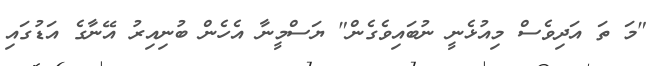
"މަ ތަ އަދިވެސް މިއުޅެނީ ނުބައިވެގެން" ޔަސްމީނާ އެހެން ބުނިއިރު އޭނާގެ އަޑުގައި